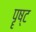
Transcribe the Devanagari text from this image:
पॄष्ट